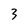
Character: 3